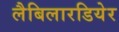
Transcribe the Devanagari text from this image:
लैबिलारडियेर